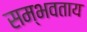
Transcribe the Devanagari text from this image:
सम्भवताय